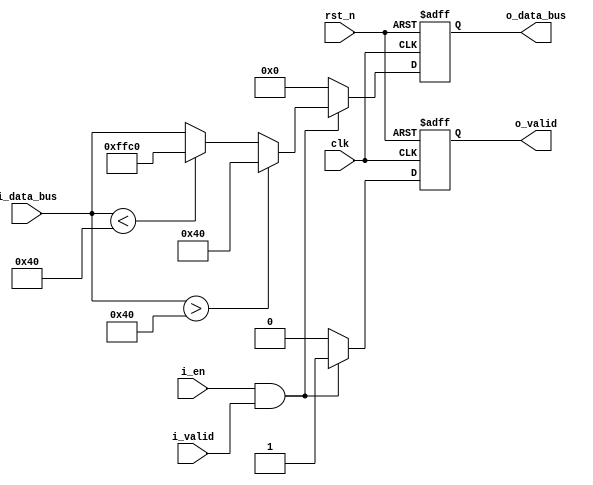
`timescale 1ns / 1ps
/*
    Top Module:  hardtanh_seq
    Data:        Only data width matters -- 2's complement data representation
    Format:      keeping the input format unchange
    Timing:      Sequential Logic
    Reset:       Asynchronized Reset [Low Reset]
    Latency:     1 cycle
    Dummy Data:  {DATA_WIDTH{1'b0}}

    Function:   
                        
                  ^ o_data_bus [DATA_WIDTH-1:0]
                  |
                  |    
                  |   ______
                  |1 /
                  | /
     _____________|/________ > i_data_bus [DATA_WIDTH-1:0]
            -1    /0   1                     
                 /|                     
         _______/ |-1                     
                  |                     
                  |                     


    Author:      Jianming Tong (jianming.tong@gatech.edu)
*/


module hardtanh_seq#(
    parameter DATA_WIDTH = 16,
    parameter DECIMAL_POINT = 6
)(
    // timeing signals
    clk,
    rst_n,

    // data signals
    i_valid,        // valid input data signal
    i_data_bus,     // input data bus coming into adder

    o_valid,        // output valid
    o_data_bus,     // output data

    // control signals
    i_en            // adder enable
);

    // parameter 
    localparam   signed  [DATA_WIDTH-1:0]     ZERO_POINT = {DATA_WIDTH{1'b0}};
    localparam   signed  [DATA_WIDTH-1:0]     THRESHOLD = 2'sb01 <<< DECIMAL_POINT;       // stands for 1
    localparam   signed  [DATA_WIDTH-1:0]     NEGATHRESHOLD  = 2'sb11 <<< DECIMAL_POINT;  // stands for -1

    // timing signals
    input                                           clk;
    input                                           rst_n;

    // interface
    input      signed       [DATA_WIDTH-1:0]        i_data_bus;
    input                                           i_valid;

    output     signed       [DATA_WIDTH-1:0]        o_data_bus;
    output                                          o_valid;

    input                                           i_en;

    // inner logic
    reg        signed       [DATA_WIDTH-1:0]        o_data_bus_inner;         
    reg                                             o_valid_inner;         

    always@(posedge clk or negedge rst_n)
    begin
        if(!rst_n)
        begin
            o_data_bus_inner <= ZERO_POINT;
            o_valid_inner <= 1'b0;
        end
        else if(i_en & i_valid)
        begin
            o_data_bus_inner <= (i_data_bus > THRESHOLD)? THRESHOLD:((i_data_bus < NEGATHRESHOLD)?NEGATHRESHOLD:i_data_bus);       
            o_valid_inner <= 1'b1;
        end
        else
        begin
            o_data_bus_inner <= ZERO_POINT;
            o_valid_inner <= 1'b0;
        end
    end

    assign o_data_bus = o_data_bus_inner;
    assign o_valid = o_valid_inner;

endmodule